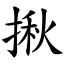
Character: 揪